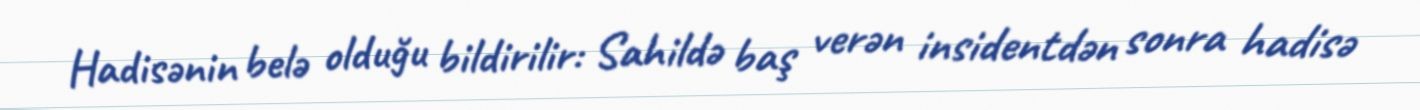
Hadisənin belə olduğu bildirilir: Sahildə baş verən insidentdən sonra hadisə